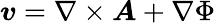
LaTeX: \boldsymbol{v}=\nabla\times\boldsymbol{A}+\nabla\Phi